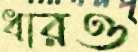
ধারও